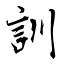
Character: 訓